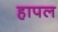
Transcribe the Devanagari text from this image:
हापल